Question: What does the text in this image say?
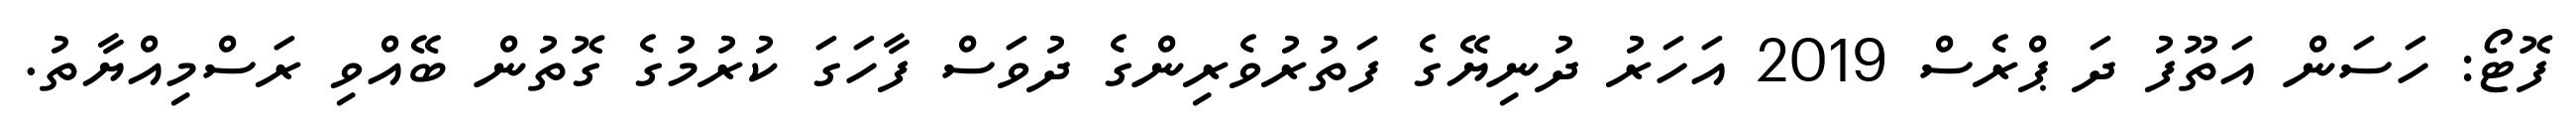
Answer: ފޮޓޯ: ހަސަން އަތޫފު ދަ ޕްރެސް 2019 އަހަރު ދުނިޔޭގެ ފަތުރުވެރިންގެ ދުވަސް ފާހަގަ ކުރުމުގެ ގޮތުން ބޭއްވި ރަސްމިއްޔާތު.